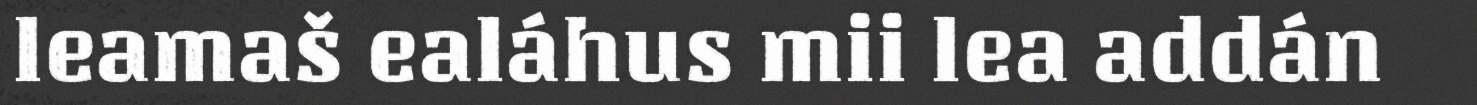
leamaš ealáhus mii lea addán